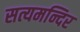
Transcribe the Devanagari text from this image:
सत्यमन्दिर